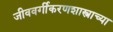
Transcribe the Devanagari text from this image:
जीववर्गीकरणशास्त्राच्या